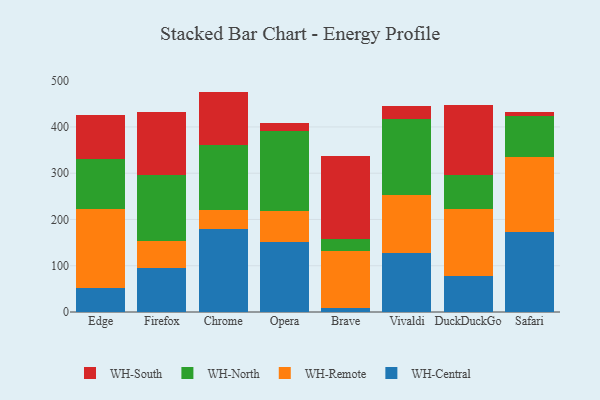
{"axis": {"x": "Browser", "y": "Customer Acquisition Cost (USD)"}, "legend": ["WH-Central", "WH-North", "WH-Remote", "WH-South"], "data": [{"x": "Edge", "y": 51.7, "type": "WH-Central"}, {"x": "Edge", "y": 170.0, "type": "WH-Remote"}, {"x": "Edge", "y": 109.1, "type": "WH-North"}, {"x": "Edge", "y": 95.9, "type": "WH-South"}, {"x": "Firefox", "y": 95.4, "type": "WH-Central"}, {"x": "Firefox", "y": 58.9, "type": "WH-Remote"}, {"x": "Firefox", "y": 141.4, "type": "WH-North"}, {"x": "Firefox", "y": 135.8, "type": "WH-South"}, {"x": "Chrome", "y": 179.2, "type": "WH-Central"}, {"x": "Chrome", "y": 41.8, "type": "WH-Remote"}, {"x": "Chrome", "y": 140.3, "type": "WH-North"}, {"x": "Chrome", "y": 115.1, "type": "WH-South"}, {"x": "Opera", "y": 151.3, "type": "WH-Central"}, {"x": "Opera", "y": 66.7, "type": "WH-Remote"}, {"x": "Opera", "y": 172.6, "type": "WH-North"}, {"x": "Opera", "y": 17.4, "type": "WH-South"}, {"x": "Brave", "y": 9.4, "type": "WH-Central"}, {"x": "Brave", "y": 122.1, "type": "WH-Remote"}, {"x": "Brave", "y": 26.4, "type": "WH-North"}, {"x": "Brave", "y": 178.6, "type": "WH-South"}, {"x": "Vivaldi", "y": 128.4, "type": "WH-Central"}, {"x": "Vivaldi", "y": 124.1, "type": "WH-Remote"}, {"x": "Vivaldi", "y": 164.5, "type": "WH-North"}, {"x": "Vivaldi", "y": 27.9, "type": "WH-South"}, {"x": "DuckDuckGo", "y": 77.2, "type": "WH-Central"}, {"x": "DuckDuckGo", "y": 145.7, "type": "WH-Remote"}, {"x": "DuckDuckGo", "y": 73.8, "type": "WH-North"}, {"x": "DuckDuckGo", "y": 151.3, "type": "WH-South"}, {"x": "Safari", "y": 172.9, "type": "WH-Central"}, {"x": "Safari", "y": 161.8, "type": "WH-Remote"}, {"x": "Safari", "y": 88.8, "type": "WH-North"}, {"x": "Safari", "y": 9.7, "type": "WH-South"}]}